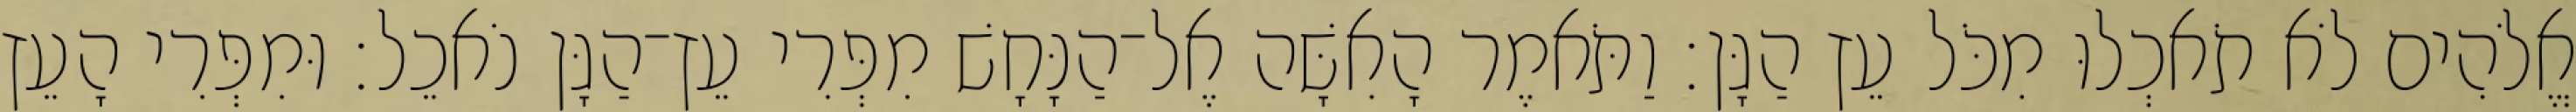
אֱלֹהִים לֹא תֹאכְלוּ מִכֹּל עֵץ הַגָּן׃ וַתֹּאמֶר הָאִשָּׁה אֶל־הַנָּחָשׁ מִפְּרִי עֵץ־הַגָּן נֹאכֵל׃ וּמִפְּרִי הָעֵץ